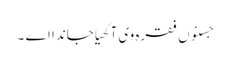
جسنوں فقرہ وی آکھیا جاندا اے ۔